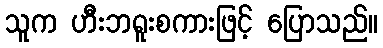
သူက ဟီးဘရူးစကားဖြင့် ပြောသည်။